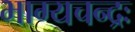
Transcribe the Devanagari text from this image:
भाग्यचन्द्रः